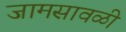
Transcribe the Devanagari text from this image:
जामसावळी